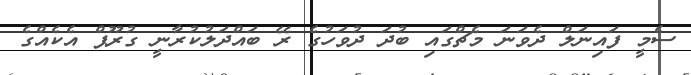
ސެމީ ފައިނަލް ދެވަނަ މެޗްގައި ބުދަ ދުވަހުގެ ރޭ ބައްދަލުކުރާނީ ގުރޫޕް އެކެއްގެ